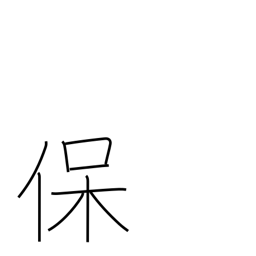
Meaning: sustain